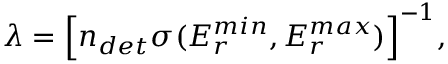
\lambda = \Bigl [ n _ { d e t } \sigma ( E _ { r } ^ { m i n } , E _ { r } ^ { m a x } ) \Bigr ] ^ { - 1 } ,